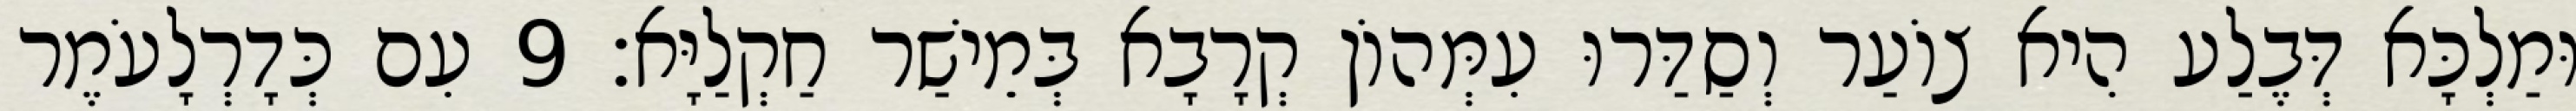
וּמַלְכָּא דְּבֶלַע הִיא צוֹעַר וְסַדַּרוּ עִמְּהוֹן קְרָבָא בְּמֵישַׁר חַקְלַיָּא׃ 9 עִם כְּדָרְלָעֹמֶר